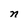
Character: n